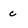
Character: c